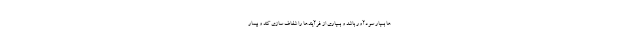
ها بسیار سودآور باشد و بسیاری از فرآیندها را شفاف سازی کند و بیمار